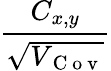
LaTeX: \frac{C_{x,y}}{\sqrt{V_{\mathrm{~C~o~v~}}}}